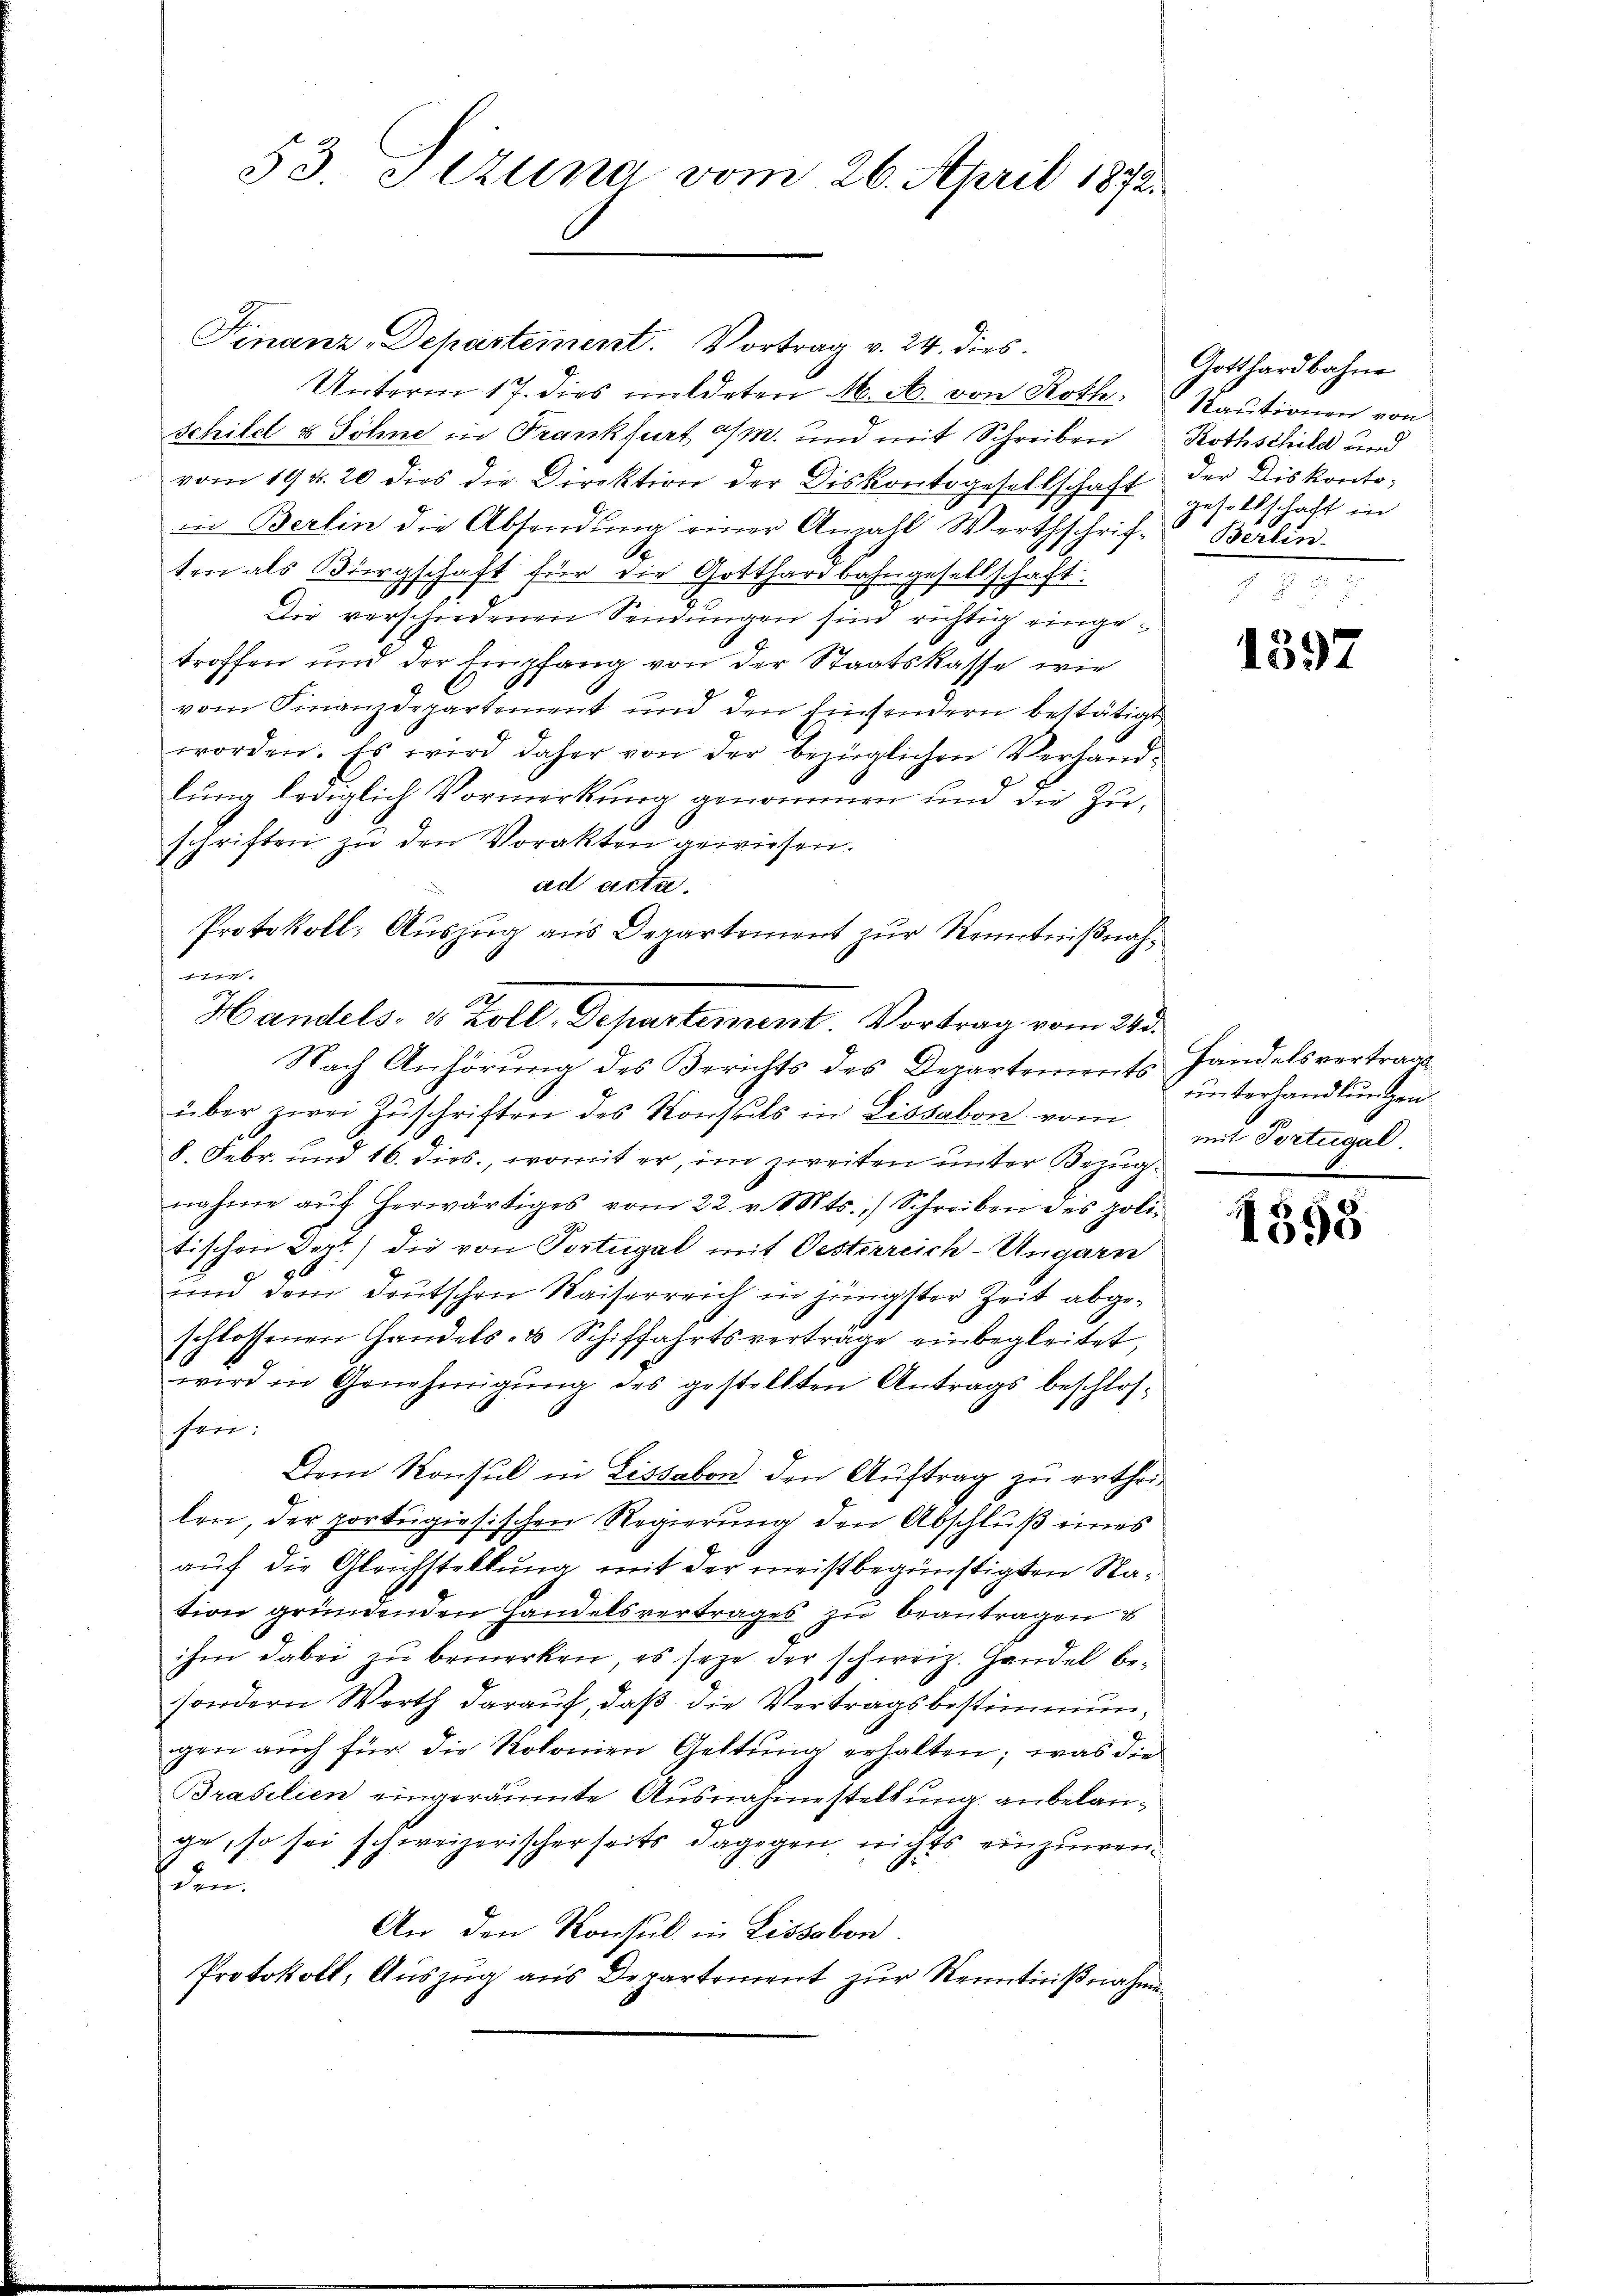
53. Itzuina vom 26. April 1872.

Finanz-Departement. Vortrag v. 24. dies
Unterm 17. dies mildeten M. M. von Roth
schild & Söhne in Frankfurt a/m. und mit Schreiben
vom 19. d. 20 dies die Direktion der Diskontogesellschaft
die Berlin die Absendung einer Anzahl Werthschrif- Berlin-
S
ten als Bürgschaft für die Gotthardbahngesellschaft.
Die verschiedenen Sendungen sind richtig eingetroffen und der Empfang von der Staatskasse wie
vom Finanzdepartement und den Einsendern bestätigt
worden. Es wird daher von der bezüglichen Verhandlung lediglich Vormerkung genommen und die Zuschriften zu den Vorakten gewiesen.
ad acta.
Protokoll: Auszug aus Departement zur Kenntnißnahm
Nach Anhörung des Berichts des Departements Handelsvertrage
über zwei Zŭschriften des Konsuls in Lissabon vom
8. Febr. und 16. dies, womit er, im zweiten unter Bezugnahme aŭf herwärtiges vom 22. v. Mts., Schreiben des politischen Dept) die von Postugal mit Oesterreich-Ungarn
und dem deutschen Waiserreich in jüngster Zeit abgeschlossenen Handels- & Schiffahrtsverträge einbegleitet,
wird in Genehmigŭng des gestellten Antrags beschlossen:
Dem Konsul in Lissabon den Auftrag zu ertheilen, der portugisischen Regierung den Abschluß eines
auf die Gleichstellung mit der meistbegünstigten Nation gründenden Handelsvertrages zu beantragen u
ihm dabei zu bemerken, es sehe der schweiz. Handel besondern Werth darauf, daß die Vertragsbestimmungen auch für die Kolonien Geltung erhalten; was die
Brasilien eingeräumte Ausnahmestellung anbelange, so sei schweizerischerseits dagegen nichts einzuwenden.
An den Konsul in Lissabon.
Protokoll, Auszug aus Departement zur Kenntnißnahme

Handels- & Zoll, Departement. Vortrag vom 243.

Gotthardbahne
Kautionen von
Rothschild und
der Diskontogesellschaft in

1597

unterhandlungen
mit Portugal

1598